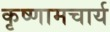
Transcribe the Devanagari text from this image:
कृष्णामचार्य